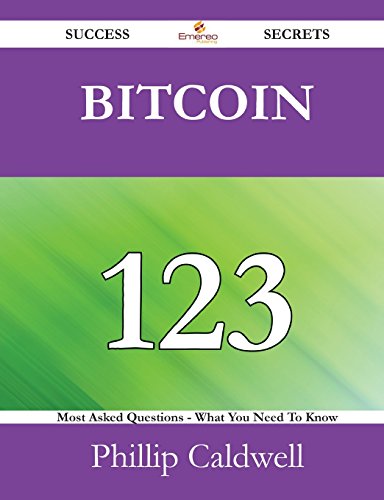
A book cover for Bitcoin 123 Success Secrets - 123 Most Asked Questions On Bitcoin - What You Need To Know; Phillip Caldwell; Computers & Technology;